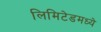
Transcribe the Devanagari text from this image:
लिमिटेडमध्ये